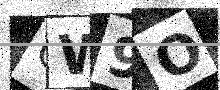
Text: OW9O